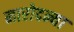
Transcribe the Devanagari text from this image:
नारोदन्या